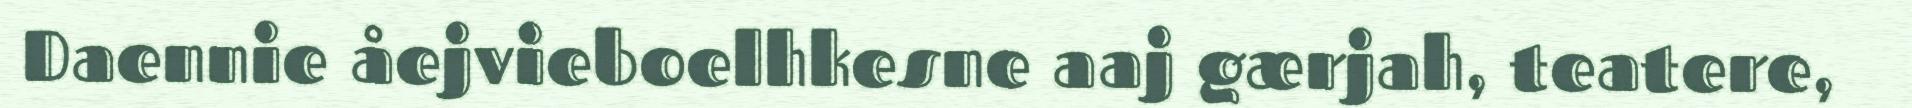
Daennie åejvieboelhkesne aaj gærjah, teatere,